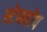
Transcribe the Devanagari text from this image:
स्टेनहोप